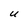
Character: U